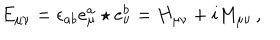
E _ { \mu \nu } = \epsilon _ { a b } e _ { \mu } ^ { a } \star e _ { \nu } ^ { b } = H _ { \mu \nu } + i M _ { \mu \nu } \, ,